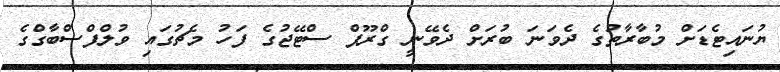
ޔުނައިޓެޑަށް މުބާރާތުގެ ދެވަނަ ބުރަށް ދެވޭނީ ގްރޫޕް ސްޓޭޖުގެ ފަހު މެޗުގައި ވުލްފްސްބާގްގެ